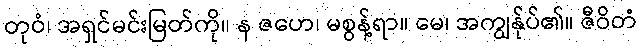
တုဝံ၊ အရှင်မင်းမြတ်ကို။ န ဇဟေ၊ မစွန့်ရာ။ မေ၊ အကျွန်ုပ်၏။ ဇီဝိတံ